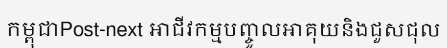
កម្ពុជាPost-next អាជីវកម្មបញ្ចូលអាគុយនិងជួសជុល